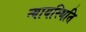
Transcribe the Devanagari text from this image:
न्यायस्थिति